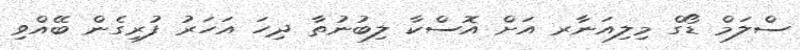
ސްލަމް ޑޯގް މިލިއަނާރ އަށް އޮސްކާ ލިބުނުތާ ދިހަ އަހަރު ފުރިގެން ބޭއްވި